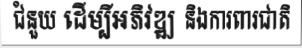
ជំនួយ ដើម្បីអភិវឌ្ឍ និងការពារជាតិ